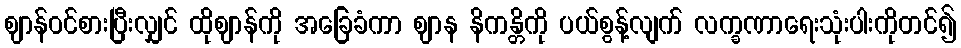
ဈာန်ဝင်စားပြီးလျှင် ထိုဈာန်ကို အခြေခံကာ ဈာန နိကန္တိကို ပယ်စွန့်လျက် လက္ခဏာရေးသုံးပါးကိုတင်၍